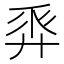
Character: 𢍒